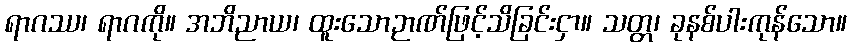
ရာဂဿ၊ ရာဂကို။ အဘိညာယ၊ ထူးသောဉာဏ်ဖြင့်သိခြင်းငှာ။ သတ္တ၊ ခုနစ်ပါးကုန်သော။